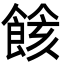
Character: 餩